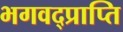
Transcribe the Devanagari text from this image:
भगवद्प्राप्ति